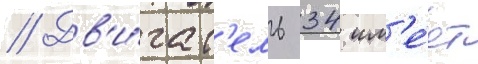
// Дв'и́гат'ель 34 им'е́ет